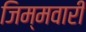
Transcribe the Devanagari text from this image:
जिम्मवारी